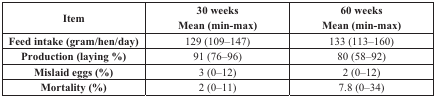
<table><thead><tr><td><b>Item</b></td><td><b>30 weeks Mean (min-max)</b></td><td><b>60 weeks Mean (min-max)</b></td></tr></thead><tbody><tr><td><b>Feed intake (gram/hen/day)</b></td><td>129 (109–147)</td><td>133 (113–160)</td></tr><tr><td><b>Production (laying %)</b></td><td>91 (76–96)</td><td>80 (58–92)</td></tr><tr><td><b>Mislaid eggs (%)</b></td><td>3 (0–12)</td><td>2 (0–12)</td></tr><tr><td><b>Mortality (%)</b></td><td>2 (0–11)</td><td>7.8 (0–34)</td></tr></tbody></table>